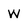
Character: w